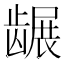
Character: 𬺐